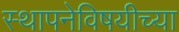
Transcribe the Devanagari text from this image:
स्थापनेविषयीच्या